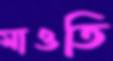
মাওতি